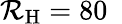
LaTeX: \mathcal{R}_{\mathrm{H}}=80~\